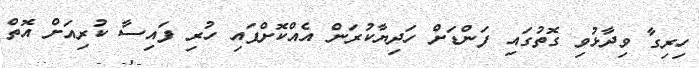
ހިރިގާ ވިދާޅުވި ގޮތުގައި ފަންޑަށް ހަދިޔާކުރަން އެއްކޮށްފައި ހުރި ފައިސާ ކުރިއަށް އޮތް